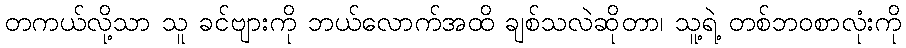
တကယ်လို့သာ သူ ခင်ဗျားကို ဘယ်လောက်အထိ ချစ်သလဲဆိုတာ၊ သူ့ရဲ့ တစ်ဘဝစာလုံးကို